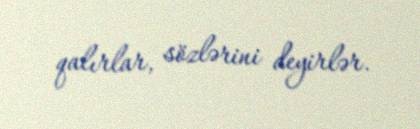
qalırlar, sözlərini deyirlər.